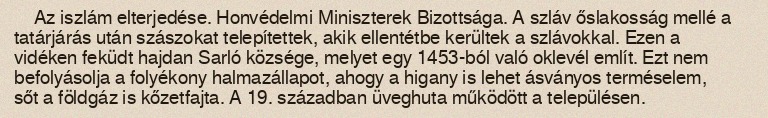
Az iszlám elterjedése. Honvédelmi Miniszterek Bizottsága. A szláv őslakosság mellé a tatárjárás után szászokat telepítettek, akik ellentétbe kerültek a szlávokkal. Ezen a vidéken feküdt hajdan Sarló községe, melyet egy 1453-ból való oklevél említ. Ezt nem befolyásolja a folyékony halmazállapot, ahogy a higany is lehet ásványos terméselem, sőt a földgáz is kőzetfajta. A 19. században üveghuta működött a településen.